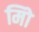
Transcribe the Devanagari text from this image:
मिो